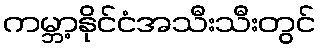
ကမ္ဘာ့နိုင်ငံအသီးသီးတွင်